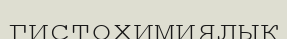
гистохимиялық